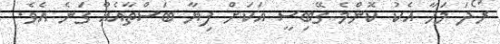
ރޯދަ މަހާ އެކު ކޮންމެ ގޭބިސީ އަކަށް ފިޔާ ބަސްތާއެއް ގަނެ އެވެ.